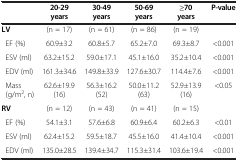
|  | 20-29 years | 30-49 years | 50-69 years | ≥70 years | P-value |
 | --- | --- | --- | --- | --- | --- |
 | LV | (n = 17) | (n = 61) | (n = 86) | (n = 19) |  |
 | EF (%) | 60.9±3.2 | 60.8±5.7 | 65.2±7.0 | 69.3±8.7 | <0.001 |
 | ESV (ml) | 63.2±15.2 | 59.0±17.1 | 45.1±16.0 | 35.2±10.4 | <0.001 |
 | EDV (ml) | 161.3±34.6 | 149.8±33.9 | 127.6±30.7 | 114.4±7.6 | <0.001 |
 | Mass(g/m2, n) | 62.6±19.9 (16) | 56.3±16.2 (52) | 50.0±11.2 (63) | 52.9±13.9 (16) | <0.05 |
 | RV | (n = 12) | (n = 43) | (n = 41) | (n = 15) |  |
 | EF (%) | 54.1±3.1 | 57.6±6.8 | 60.9±6.4 | 60.2±6.3 | <0.01 |
 | ESV (ml) | 62.4±15.2 | 59.5±18.7 | 45.5±16.0 | 41.4±10.4 | <0.001 |
 | EDV (ml) | 135.0±28.5 | 139.4±34.7 | 115.3±31.4 | 103.6±19.4 | <0.001 |